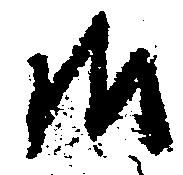
御